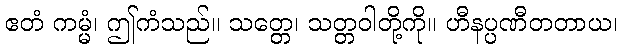
ဧတံ ကမ္မံ၊ ဤကံသည်။ သတ္တေ၊ သတ္တဝါတို့ကို။ ဟီနပ္ပဏီတတာယ၊